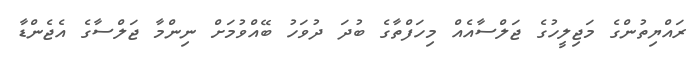
ރައްޔިތުންގެ މަޖިލީހުގެ ޖަލްސާއެއް މިހަފްތާގެ ބުދަ ދުވަހު ބޭއްވުމަށް ނިންމާ ޖަލްސާގެ އެޖެންޑާ